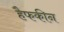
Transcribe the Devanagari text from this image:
हैफकीन